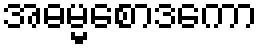
အဓမ္မစောဒကော